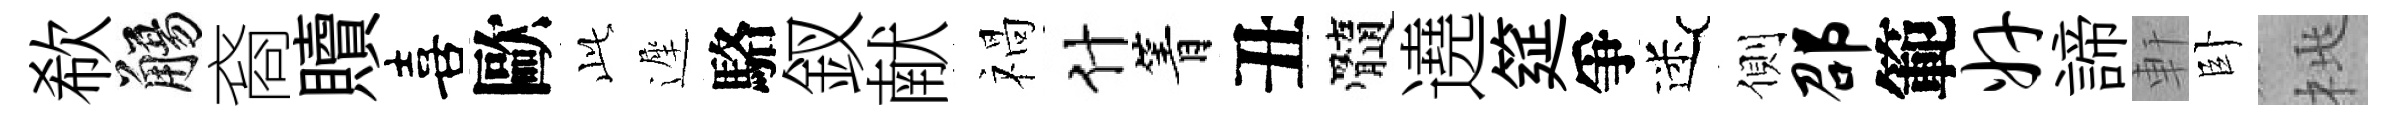
欷觴裔贖喜歐𬼘遲駱釵献禍什箐丑髓遶筵爭迷側邵範奸諦軒卧桃